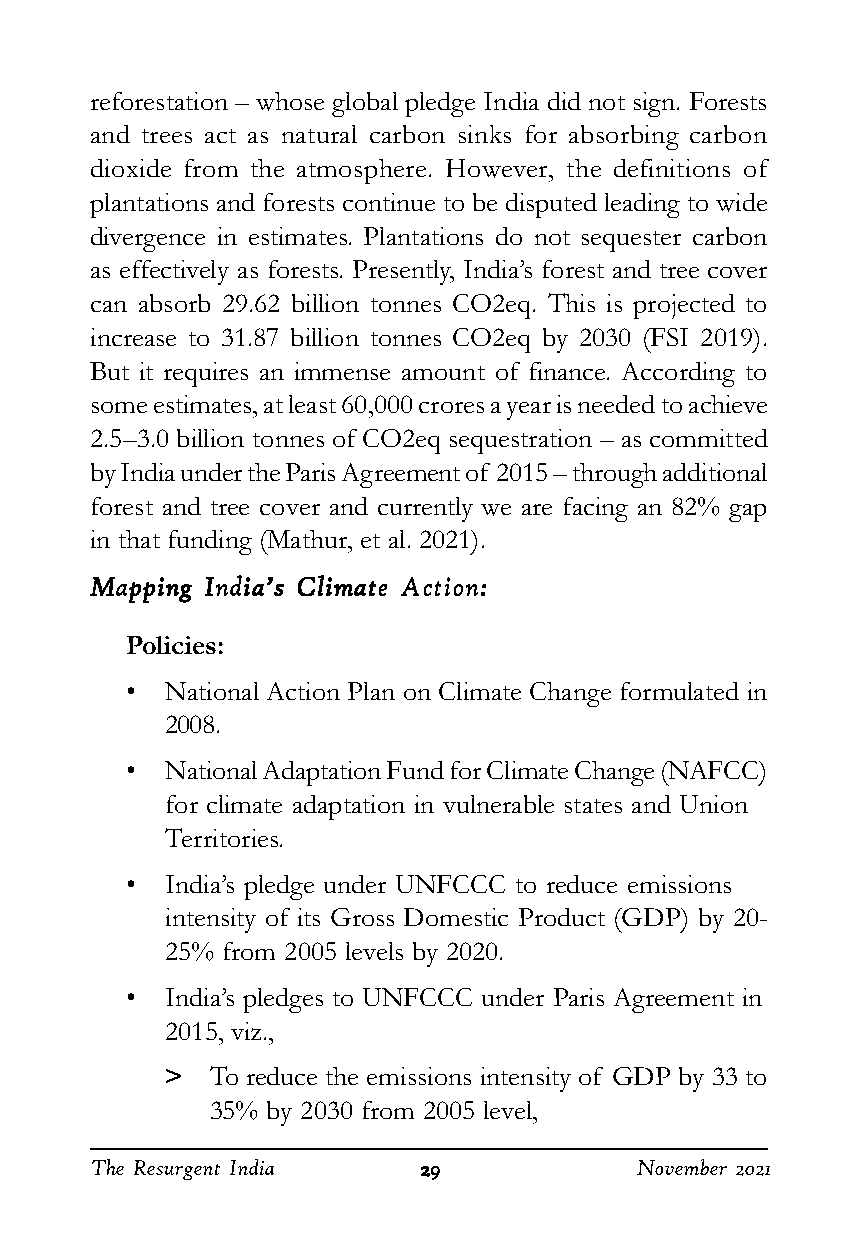
reforestation – whose global pledge India did not sign. Forests
 and trees act as natural carbon sinks for absorbing carbon
 dioxide from the atmosphere. However, the definitions of
 plantations and forests continue to be disputed leading to wide
 divergence in estimates. Plantations do not sequester carbon
 as effectively as forests. Presently, India’s forest and tree cover
 can absorb 29.62 billion tonnes CO2eq. This is projected to
 increase to 31.87 billion tonnes CO2eq by 2030 (FSI 2019).
 But it requires an immense amount of finance. According to
 some estimates, at least 60,000 crores a year is needed to achieve
 2.5–3.0 billion tonnes of CO2eq sequestration – as committed
 by India under the Paris Agreement of 2015 – through additional
 forest and tree cover and currently we are facing an 82% gap
 in that funding (Mathur, et al. 2021).
 MMMMMaaaaappppppppppiiiiinnnnnggggg IIIIInnnnndddddiiiiiaaaaa’’’’’sssss CCCCCllllliiiiimmmmmaaaaattttteeeee AAAAAccccctttttiiiiiooooonnnnn:::::
 Policies:
 •  National Action Plan on Climate Change formulated in
 2008.
 •  National Adaptation Fund for Climate Change (NAFCC)
 for climate adaptation in vulnerable states and Union
 Territories.
 •  India’s pledge under UNFCCC to reduce emissions
 intensity of its Gross Domestic Product (GDP) by 20-
 25% from 2005 levels by 2020.
 •  India’s pledges to UNFCCC under Paris Agreement in
 2015, viz.,
 >  To reduce the emissions intensity of GDP by 33 to
 35% by 2030 from 2005 level,
 The Resurgent India   2222299999    November 2021